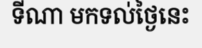
ទីណា មកទល់ថ្ងៃនេះ